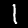
Label: 1